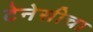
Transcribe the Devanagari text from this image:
टेनेसीचा